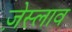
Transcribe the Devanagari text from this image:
ज़ेस्लाव